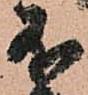
不